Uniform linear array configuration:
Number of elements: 32
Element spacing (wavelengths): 0.75
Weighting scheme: exponential
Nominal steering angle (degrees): -60
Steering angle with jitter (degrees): -61.499
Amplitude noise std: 0.05
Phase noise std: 0.05

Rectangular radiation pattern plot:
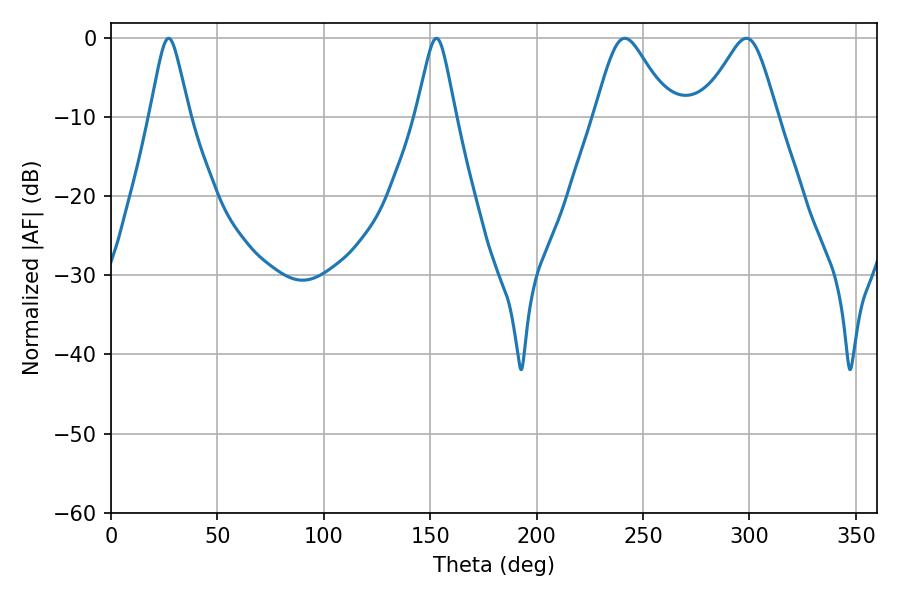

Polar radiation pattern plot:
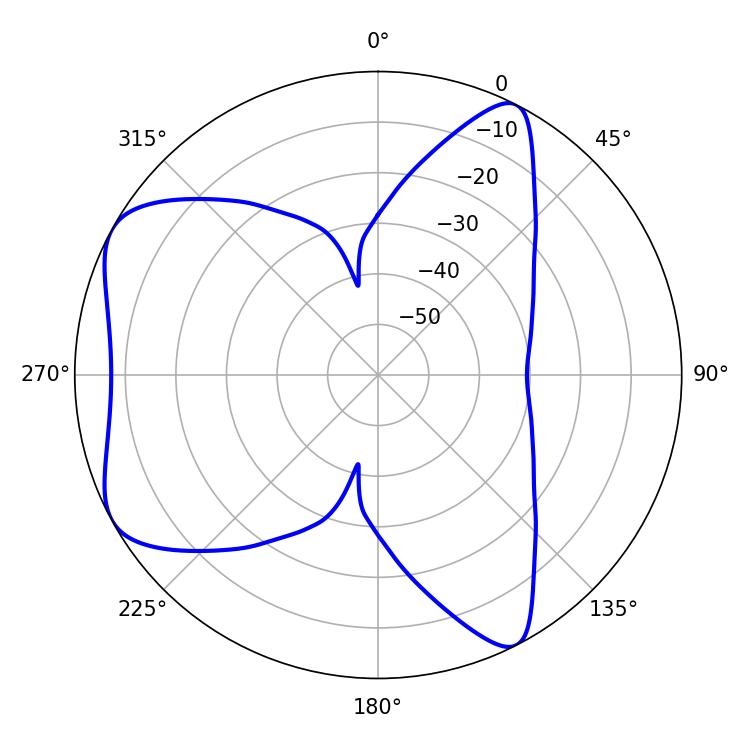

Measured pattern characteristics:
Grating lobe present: TRUE
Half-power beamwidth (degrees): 17.28
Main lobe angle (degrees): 241.38